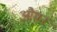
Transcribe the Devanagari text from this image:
औमन